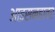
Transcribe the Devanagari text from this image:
आइसनहावर